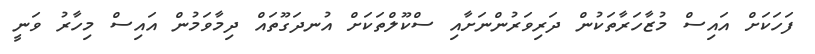
ފަހަކަށް އައިސް މުޒާހަރާތަކުން ދަރިވަރުންނަށާއި ސްކޫލްތަކަށް އުނދަގޫތައް ދިމާވަމުން އައިސް މިހާރު ވަނީ